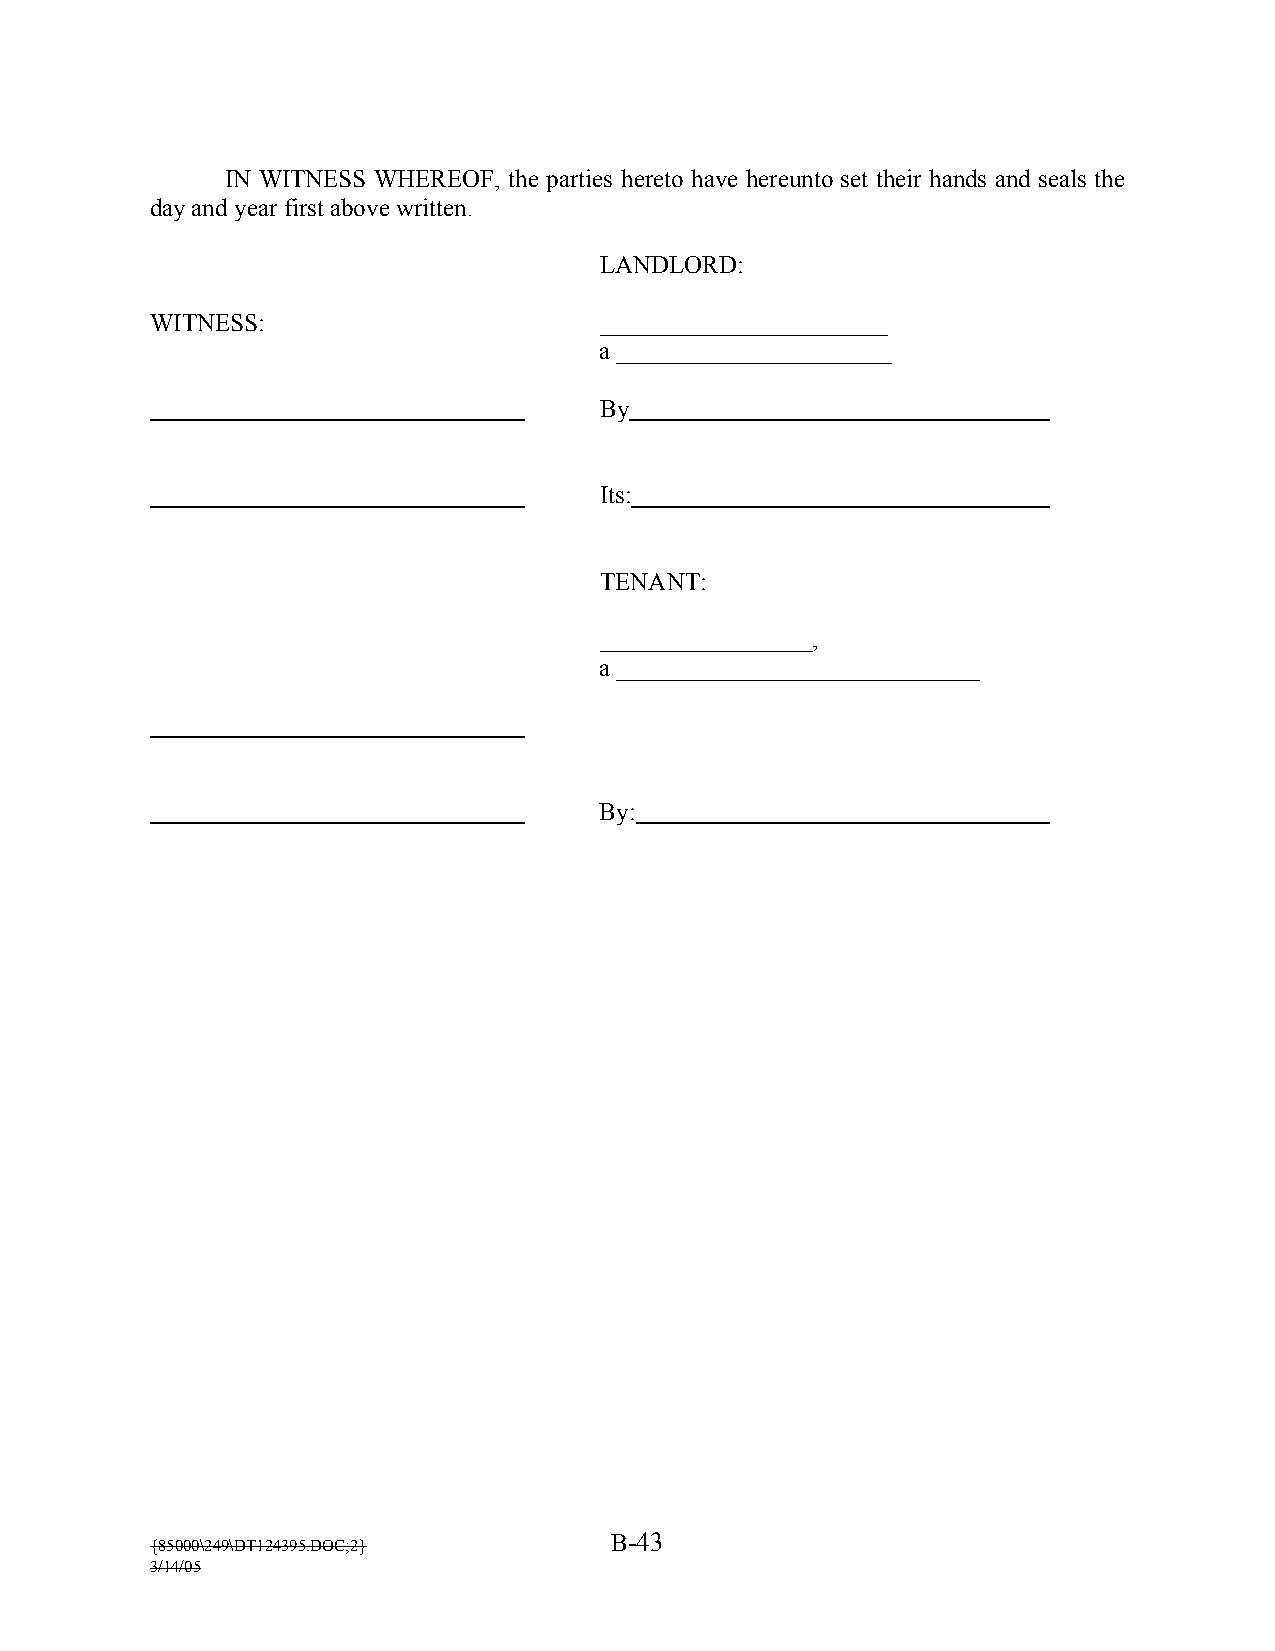
IN WITNESS WHEREOF, the parties hereto have hereunto set their hands and seals the
 day and year first above written.
 LANDLORD:
 WITNESS:                      _______________________
 a ______________________
 By
 Its:
 TENANT:
 _________________,
 a _____________________________
 By:
 B-43
 {85000\249\DT124395.DOC;2}
 3/14/05